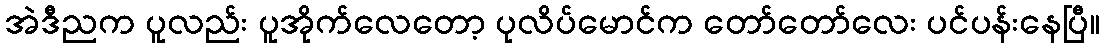
အဲဒီညက ပူလည်း ပူအိုက်လေတော့ ပုလိပ်မောင်က တော်တော်လေး ပင်ပန်းနေပြီ။